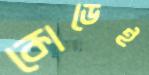
কোডেই